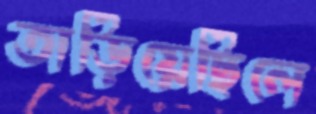
তাড়িয়েছিলে